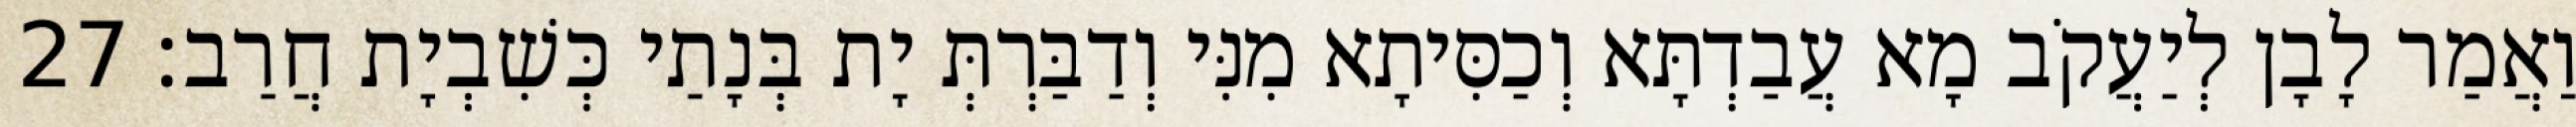
וַאֲמַר לָבָן לְיַעֲקֹב מָא עֲבַדְתָּא וְכַסִּיתָא מִנִּי וְדַבַּרְתְּ יָת בְּנָתַי כְּשִׁבְיָת חֲרַב׃ 27